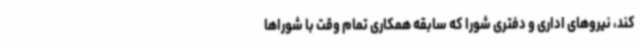
کند، نیروهای اداری و دفتری شورا که سابقه همکاری تمام وقت با شوراها